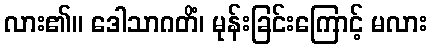
လား၏။ ဒေါသာဂတိံ၊ မုန်းခြင်းကြောင့် မလား